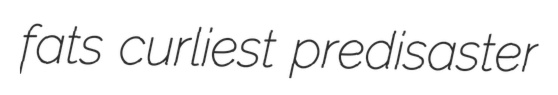
fats curliest predisaster